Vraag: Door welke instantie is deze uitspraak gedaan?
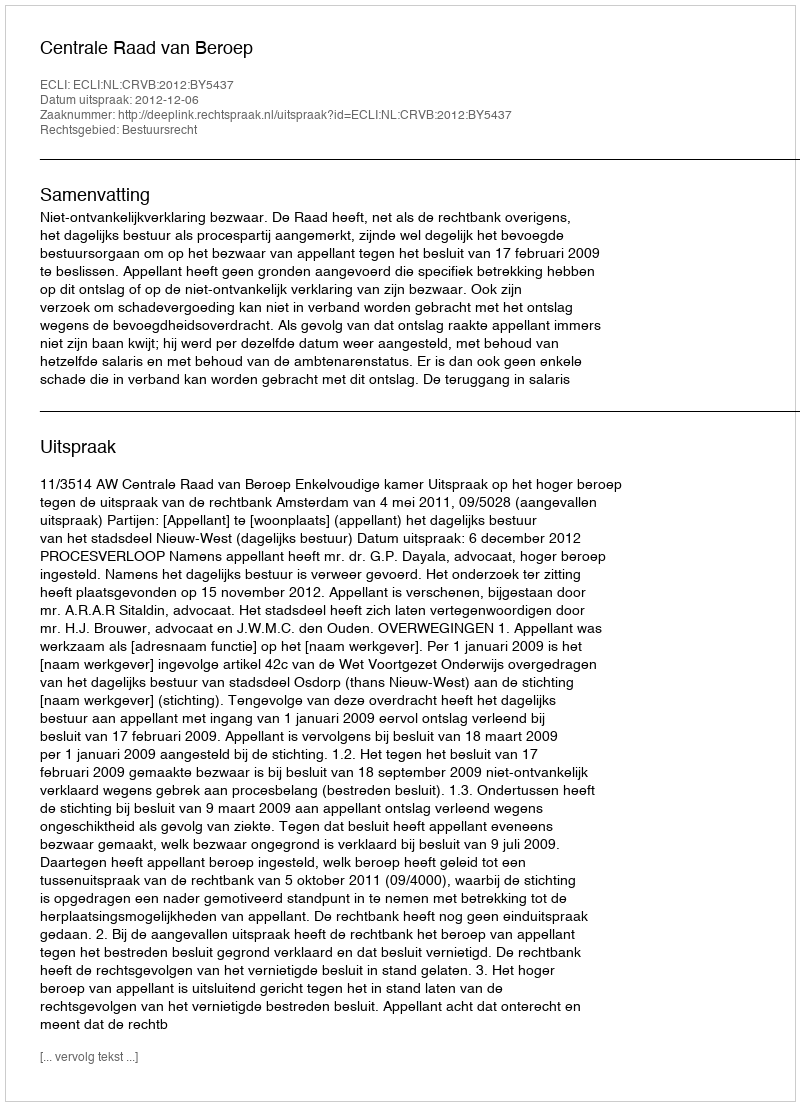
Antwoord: Centrale Raad van Beroep